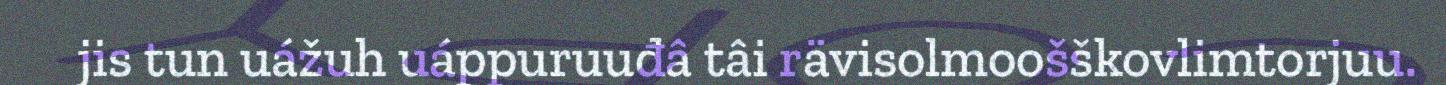
jis tun uážuh uáppuruuđâ tâi rävisolmoošškovlimtorjuu.